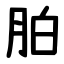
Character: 胉